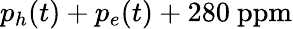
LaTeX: p_{h}(t)+p_{e}(t)+280~\mathrm{ppm}